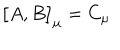
\bigl \lbrack A , B \bigr \rbrack _ { \mu } = C _ { \mu }